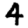
Digit: 4